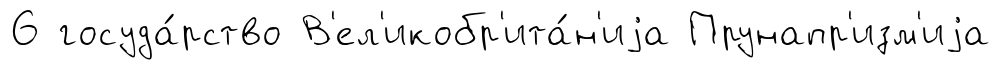
6 госуда́рство В'ел'икобр'ита́н'иjа Прунапр'изм'иjа